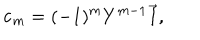
{ \bf c } _ { m } = ( - 1 ) ^ { m } Y ^ { m - 1 } { \vec { \bf 1 } } , \label c